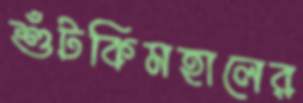
শুঁটকিমহালের